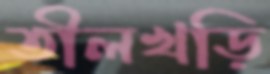
তীলখড়ি